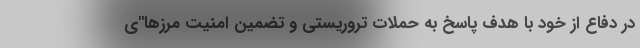
در دفاع از خود با هدف پاسخ به حملات تروریستی و تضمین امنیت مرزها"ی